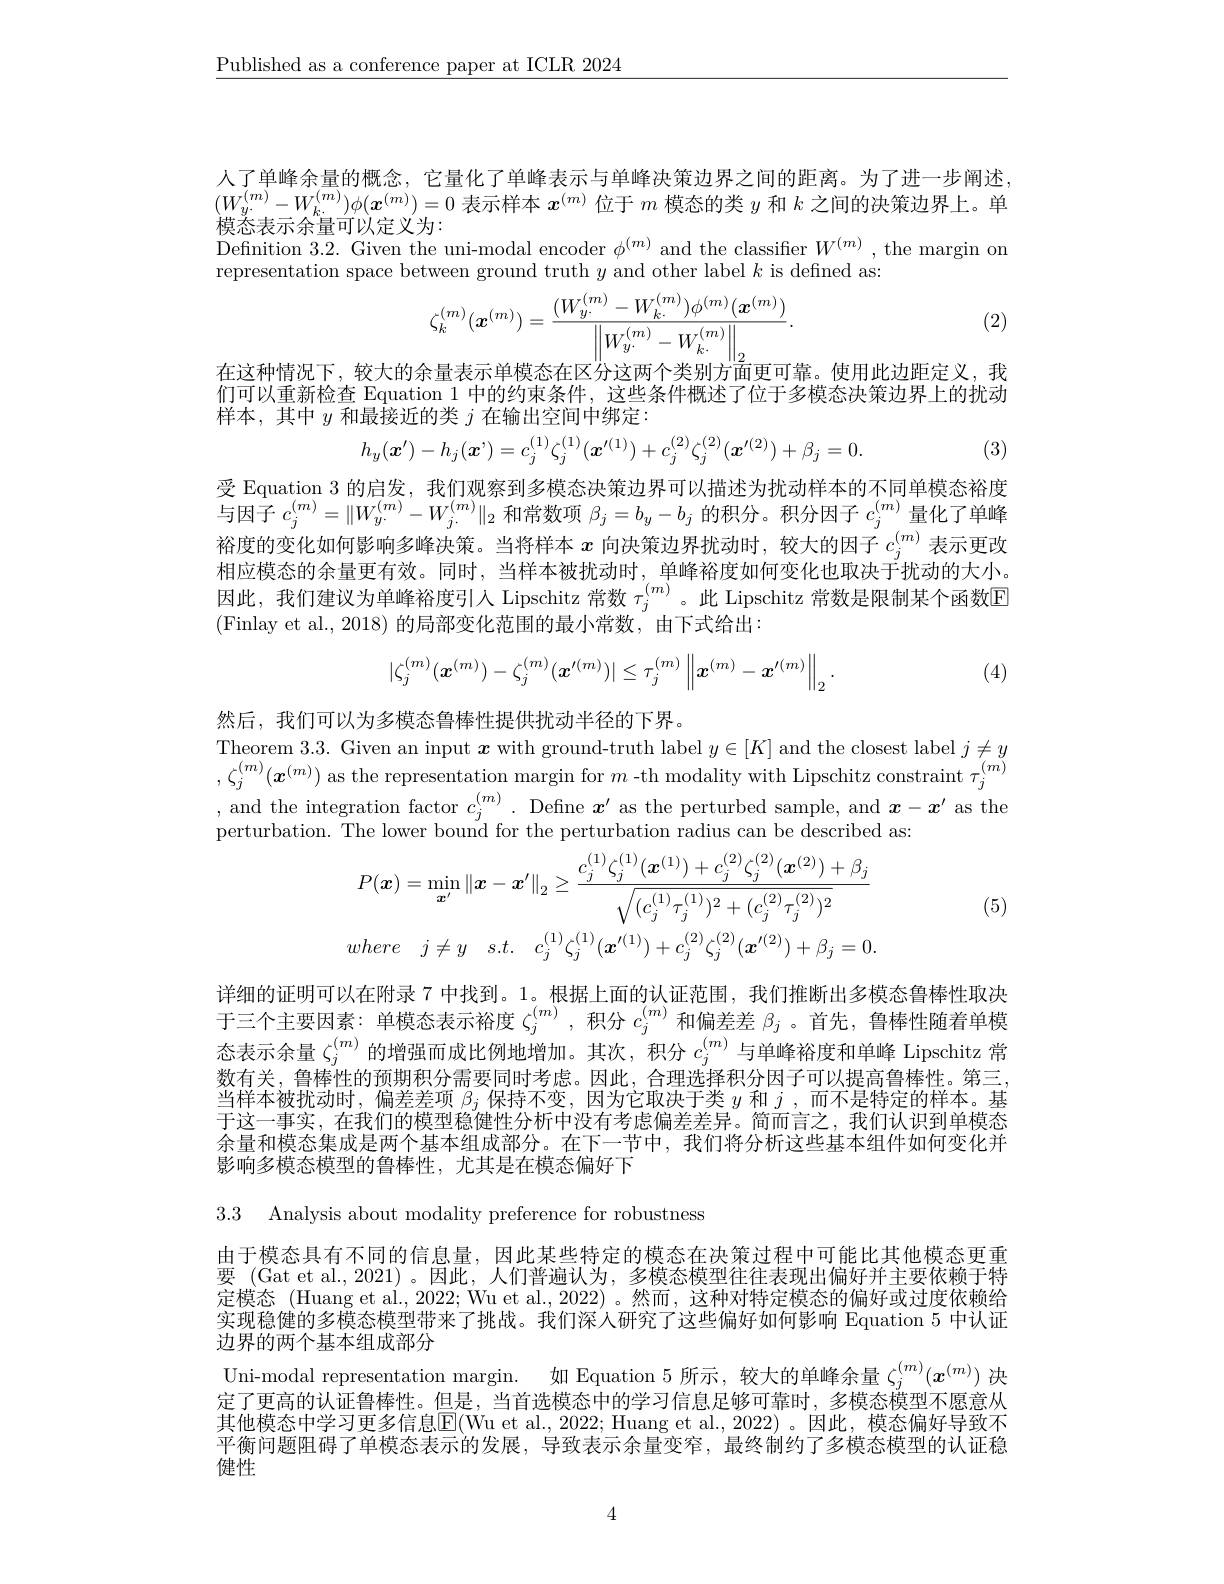
$\underline{\text{Published as a conference paper at ICLR 2024}}$

人了单峰余量的概念，它量化了单峰表示与单峰决策边界之间的距离。为了进一步阐述， $(W_{y^{(m)}}-W_{k^{(m)}}^{(m)})\phi(\boldsymbol{x}^{(m)})=0$表示样本$\boldsymbol{x}^{(m)}$位于$m$模态的类$y$和$k$之间的决策边界上。单模态表示余量可以定义为：
Definition 3.2. Given the uni-modal encoder $\phi^{(m)}$ and the classifier $W^{(m)}$, the margin on
representation space between ground truth $y$ and other label $k$ is defined as:

(2)
$$\zeta_{k}^{(m)}(\boldsymbol{x}^{(m)})=\frac{(W_{y\cdot}^{(m)}-W_{k\cdot}^{(m)})\phi^{(m)}(\boldsymbol{x}^{(m)})}{\left\|W_{y\cdot}^{(m)}-W_{k\cdot}^{(m)}\right\|_{2}}.$$
在这种情况下，较大的余量表示单模态在区分这两个类别方面更可靠。使用此边距定义，我们可以重新检查 Equation 1 中的约束条件，这些条件概述了位于多模态决策边界上的扰动样本，其中$y$和最接近的类$j$在输出空间中绑定：
$$h_y(\boldsymbol{x}')-h_j(\boldsymbol{x}')=c_j^{(1)}\zeta_j^{(1)}(\boldsymbol{x}'^{(1)})+c_j^{(2)}\zeta_j^{(2)}(\boldsymbol{x}'^{(2)})+\beta_j=0.$$
(3)

受 Equation 3 的启发，我们观察到多模态决策边界可以描述为扰动样本的不同单模态裕度与因子$c_j^{(m)}=\|W_y^{(m)}-W_j.^{(m)}\|_2$和常数项$\beta_j=b_y-b_j$的积分。积分因子$c_j^{(m)}$量化了单峰裕度的变化如何影响多峰决策。当将样本$x$向决策边界扰动时，较大的因子$c_j^{(m)}$表示更改相应模态的余量更有效。同时，当样本被扰动时，单峰裕度如何变化也取决于扰动的大小。因此，我们建议为单峰裕度引入 Lipschitz 常数$\tau_j^{(m)}$。此 Lipschitz 常数是限制某个函数E (Finlay et al., 2018) 的局部变化范围的最小常数，由下式给出：
$$|\zeta_j^{(m)}(\boldsymbol{x}^{(m)})-\zeta_j^{(m)}(\boldsymbol{x}^{\prime(m)})|\leq\tau_j^{(m)}\left\|\boldsymbol{x}^{(m)}-\boldsymbol{x}^{\prime(m)}\right\|_2.$$
(4)

然后，我们可以为多模态鲁棒性提供扰动半径的下界。
Theorem 3.3. Given an input $x$ with ground-truth label $y\in[K]$ and the closest label $j\neq y$ $,\zeta_{j}^{(m)}(\boldsymbol{x}^{(m)})$ as the representation margin for $m$ -th modality with Lipschitz constraint $\tau_j^{(m)}$ , and the integration factor $c_{j}^{( m) }.$ Define $\boldsymbol{x}^{\prime }$ as the perturbed sample, and $\boldsymbol{x}- \boldsymbol{x}^{\prime }$ as the perturbation. The lower bound for the perturbation radius can be described as:
$$P(\boldsymbol{x})=\operatorname*{min}_{\boldsymbol{x}^{\prime}}\|\boldsymbol{x}-\boldsymbol{x}^{\prime}\|_{2}\geq\frac{c_{j}^{(1)}\zeta_{j}^{(1)}(\boldsymbol{x}^{(1)})+c_{j}^{(2)}\zeta_{j}^{(2)}(\boldsymbol{x}^{(2)})+\beta_{j}}{\sqrt{(c_{j}^{(1)}\tau_{j}^{(1)})^{2}+(c_{j}^{(2)}\tau_{j}^{(2)})^{2}}}\\where\quad j\neq y\quad s.t.\quad c_{j}^{(1)}\zeta_{j}^{(1)}(\boldsymbol{x}^{\prime(1)})+c_{j}^{(2)}\zeta_{j}^{(2)}(\boldsymbol{x}^{\prime(2)})+\beta_{j}=0.$$
(5)

详细的证明可以在附录 7 中找到。1。根据上面的认证范围，我们推断出多模态鲁棒性取决于三个主要因素：单模态表示裕度$\zeta_j^{(m)}$ ,积分$c_j^{(m)}$和偏差差$\beta_j$ 。首先，鲁棒性随着单模态表示余量$\zeta_j^{(m)}$的增强而成比例地增加。其次，积分$c_j^{(m)}$与单峰裕度和单峰 Lipschitz 常数有关，鲁棒性的预期积分需要同时考虑。因此，合理选择积分因子可以提高鲁棒性。第三， 当样本被扰动时，偏差差项$\beta_j$保持不变，因为它取决于类$y$和$j$ ,而不是特定的样本。基于这一事实，在我们的模型稳健性分析中没有考虑偏差差异。简而言之，我们认识到单模态余量和模态集成是两个基本组成部分。在下一节中，我们将分析这些基本组件如何变化并影响多模态模型的鲁棒性，尤其是在模态偏好下

3.3 Analysis about modality preference for robustness

由于模态具有不同的信息量，因此某些特定的模态在决策过程中可能比其他模态更重要 (Gat et al., 2021) 。因此，人们普遍认为，多模态模型往往表现出偏好并主要依赖于特定模态 (Huang et al., 2022; Wu et al., 2022) 。然而，这种对特定模态的偏好或过度依赖给实现稳健的多模态模型带来了挑战。我们深人研究了这些偏好如何影响 Equation 5 中认证边界的两个基本组成部分
Uni-modal representation margin. 如 Equation 5 所示，较大的单峰余量$\zeta_j^{(m)}(x^{(m)})$决定了更高的认证鲁棒性。但是，当首选模态中的学习信息足够可靠时，多模态模型不愿意从其他模态中学习更多信息$\overline{\mathrm{E}}($Wu et al., 2022; Huang et al., 2022)。因此，模态偏好导致不平衡问题阻碍了单模态表示的发展，导致表示余量变窄，最终制约了多模态模型的认证稳健性

4